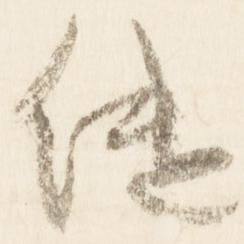
継